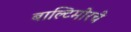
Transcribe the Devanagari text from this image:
बाल्टिमोरचे